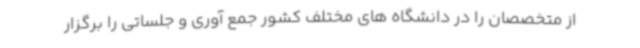
از متخصصان را در دانشگاه های مختلف کشور جمع آوری و جلساتی را برگزار